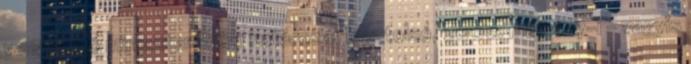
vonatkozó miniszterelnöki határozat legutolsó, 2002. május 17-i – vagyis